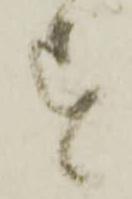
す